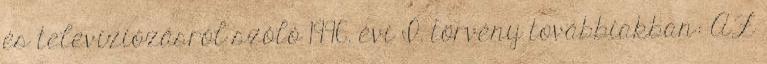
és televíziózásról szóló 1996. évi I. törvény továbbiakban: AZ